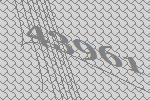
43961